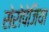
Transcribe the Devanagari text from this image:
सेरोपेजिया